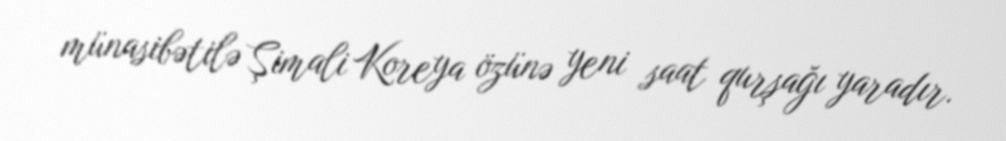
münasibətilə Şimali Koreya özünə yeni saat qurşağı yaradır.